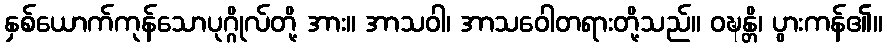
နှစ်ယောက်ကုန်သောပုဂ္ဂိုလ်တို့ အား။ အာသဝါ၊ အာသဝေါတရားတို့သည်။ ဝဍ္ဎန္တိ၊ ပွားကန်၏။